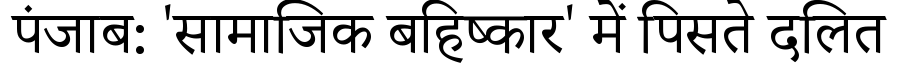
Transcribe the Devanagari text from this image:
पंजाब: 'सामाजिक बहिष्कार' में पिसते दलित